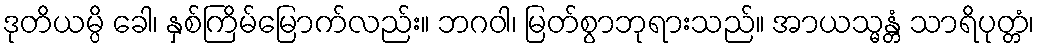
ဒုတိယမ္ပိ ခေါ၊ နှစ်ကြိမ်မြောက်လည်း။ ဘဂဝါ၊ မြတ်စွာဘုရားသည်။ အာယသ္မန္တံ သာရိပုတ္တံ၊